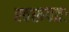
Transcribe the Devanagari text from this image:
स्वरूपतः